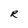
Character: R